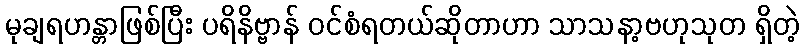
မုချရဟန္တာဖြစ်ပြီး ပရိနိဗ္ဗာန် ဝင်စံရတယ်ဆိုတာဟာ သာသနာ့ဗဟုသုတ ရှိတဲ့